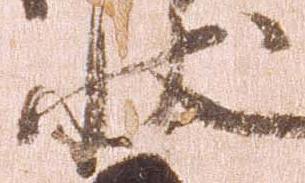
状